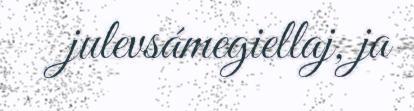
julevsámegiellaj, ja